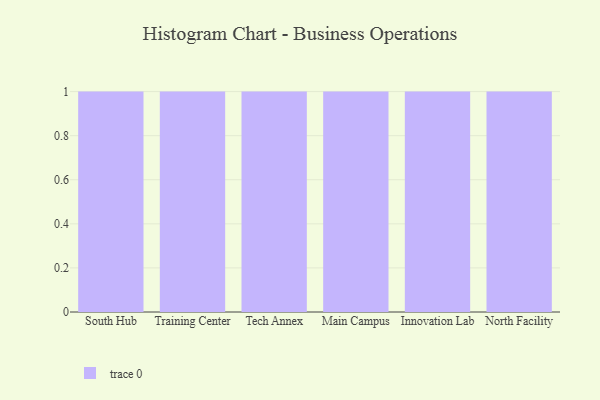
{"axis": {"x": "Campus", "y": "Website Visitors"}, "legend": [""], "data": [{"x": "South Hub", "y": 96, "type": ""}, {"x": "Training Center", "y": 14, "type": ""}, {"x": "Tech Annex", "y": 38, "type": ""}, {"x": "Main Campus", "y": 64, "type": ""}, {"x": "Innovation Lab", "y": 6, "type": ""}, {"x": "North Facility", "y": 8, "type": ""}]}